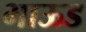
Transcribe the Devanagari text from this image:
भाऊड